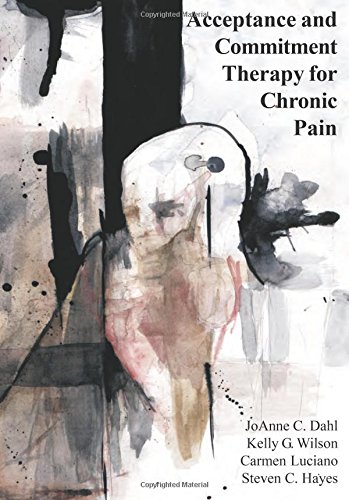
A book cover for Acceptance and Commitment Therapy for Chronic Pain; Joanne Dahl; Health, Fitness & Dieting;